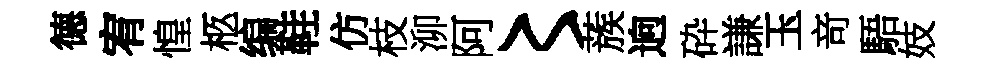
德宥惶柩编鞋仿枝泖阿〻蔟逈砕謙玉竒䮏妓